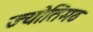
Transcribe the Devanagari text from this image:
ज्योतिमठ